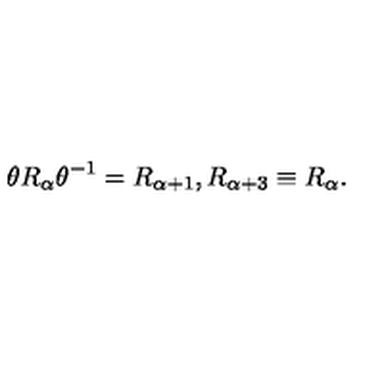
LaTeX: \theta R _ { \alpha } \theta ^ { - 1 } = R _ { \alpha + 1 } , R _ { \alpha + 3 } \equiv R _ { \alpha } .